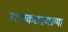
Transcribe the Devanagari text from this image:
रत्नाकरासारख्या